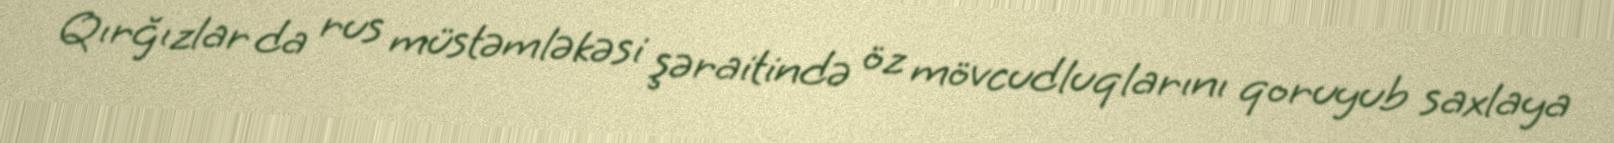
Qırğızlar da rus müstəmləkəsi şəraitində öz mövcudluqlarını qoruyub saxlaya